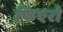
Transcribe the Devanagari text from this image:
फिएरो